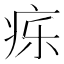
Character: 𬏤